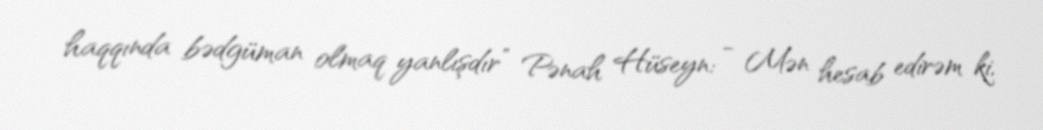
haqqında bədgüman olmaq yanlışdır” Pənah Hüseyn: - Mən hesab edirəm ki,